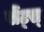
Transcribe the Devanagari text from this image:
सेंट्स्